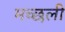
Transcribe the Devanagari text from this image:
मच्छली